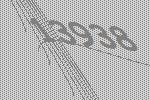
13938